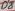
Text: D8